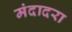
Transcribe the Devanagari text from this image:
मंदादरा